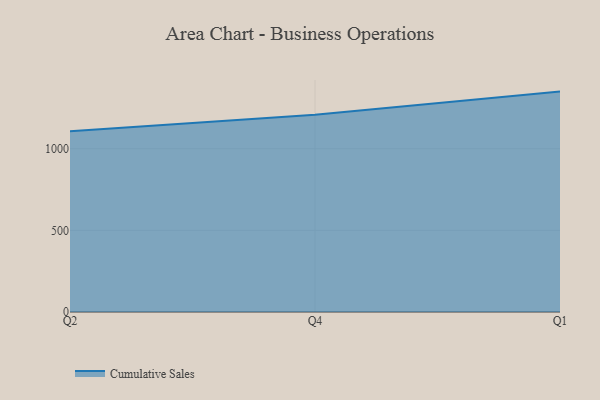
{"axis": {"x": "Quarter", "y": "Budget (USD K)"}, "legend": ["Cumulative Sales"], "data": [{"x": "Q2", "y": 1107.2, "type": "Cumulative Sales"}, {"x": "Q4", "y": 1207.6, "type": "Cumulative Sales"}, {"x": "Q1", "y": 1349.7, "type": "Cumulative Sales"}]}